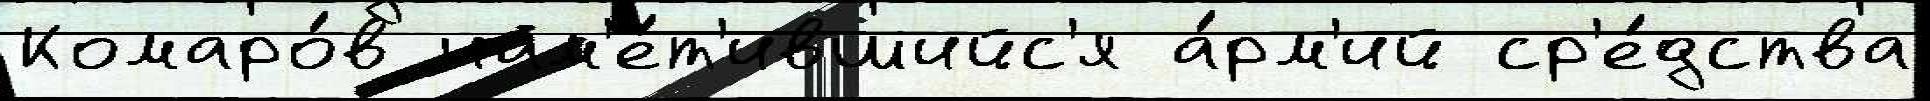
Комаро́в нам'е́т'ившийс'я а́рм'ий ср'е́дства